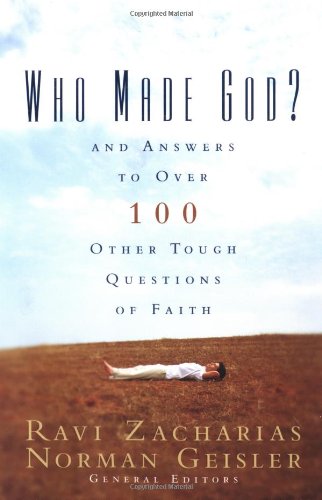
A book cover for Who Made God?: And Answers to Over 100 Other Tough Questions of Faith; Christian Books & Bibles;